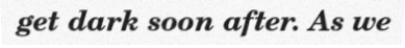
get dark soon after. As we